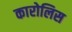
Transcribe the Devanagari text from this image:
कारोलिस